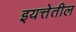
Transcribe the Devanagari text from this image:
इयत्तेतील